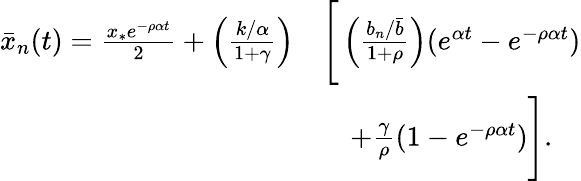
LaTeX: \begin{array}{rl}{\bar{x}_{n}(t)=\frac{x_{*}e^{-\rho\alpha t}}{2}+\left(\frac{k/\alpha}{1+\gamma}\right)}&{\Bigg[\left(\frac{b_{n}/\bar{b}}{1+\rho}\right)(e^{\alpha t}-e^{-\rho\alpha t})}\\ &{\quad+\frac{\gamma}{\rho}(1-e^{-\rho\alpha t})\Bigg].}\end{array}